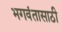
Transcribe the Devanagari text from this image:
भगवंतासाठी